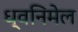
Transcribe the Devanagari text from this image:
ध्वनिमेल